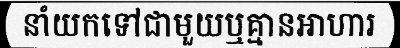
នាំយកទៅជាមួយឬគ្មានអាហារ